Civil Veterinary Dept. Bombay admin report 1893-99 - 1893-1899
Year: 1893
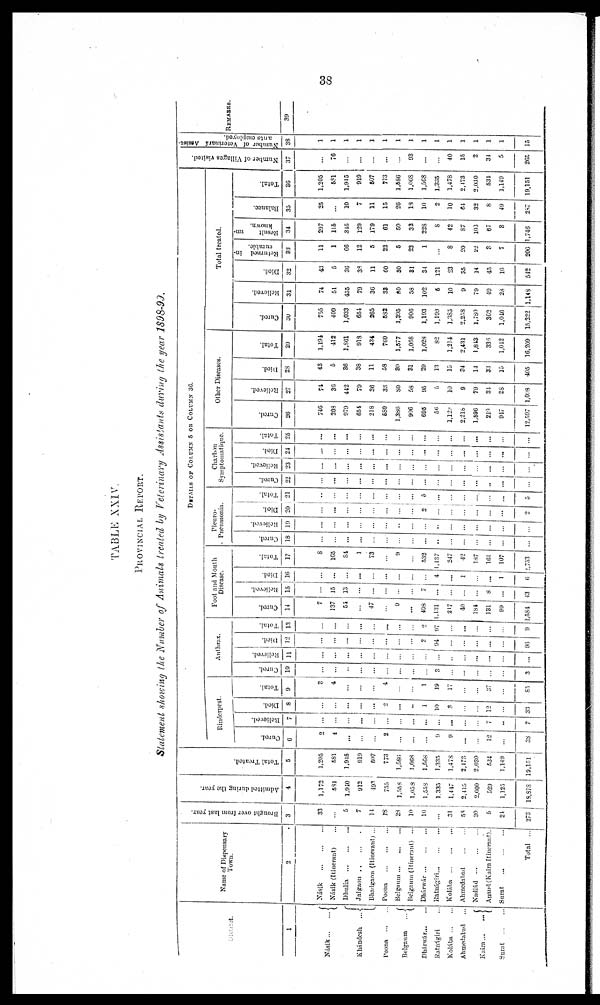
38
TABLE XXIV.
PROVINCIAL REPORT.
Statement showing the Number of Animals treated by Veterinary Assistants during the year 1898-99.
District.
1
Nasik ... ...
Khándesh ...
Poona ...
Belgaum ...
Dhárwár ...
Ratnágiri ...
Kolába ...
Ahmedabad ...
Kaira ... ...
Surat
...
Name of Dispensary
2
Násik
...
...
...
Násik (Itinerant) ...
Dhulia
...
...
...
Jalgaon . . ... .
Bhadgaon (Itinerant) ...
Poona
...
...
...
Belgaum
...
...
...
Belgaum (Itinerant) ...
Dhárwár
...
...
...
Ratnágiri
...
...
...
Kolába
...
...
...
Ahmedabad
...
...
Nadiád
...
...
...
Anand (Kaira Itinerant).
Surat
...
...
...
Total ...
Brought over from last year.
3
33
...
5
7
14
18
28
10
10
...
31
53
30
5
21
273
Admitted during the year.
4
1,172
581
1.920
912
493
755
1,558
1,053
1,558
1.333
1,447
2,415
2,000
529
1,125
18,878
Total Treated.
5
1,205
581
1,915
919
507
773
1,586
1,068
1,568
1,335
1,478
2,473
2,030
534
1,149
19,151
DETAILS OF COLUMN 5 OR COLUMN 36.
Rinderpest.
Cured.
0
2
4
...
...
...
2
...
...
...
9
9
...
...
12
...
38
Relieved.
7
...
...
...
...
...
...
...
...
...
...
...
...
...
7
..
7
Died.
8
...
...
...
...
...
2
...
...
1
10
8
...
...
12
...
33
Total.
9
...
4
...
...
...
4
...
...
1
19
17
...
...
37
...
85
Anthrax.
Cured.
10
...
...
...
...
...
...
...
...
...
3
...
...
...
...
...
3
Relieved.
11
...
...
...
...
...
...
...
...
...
...
...
...
...
...
...
...
Died.
12
...
...
...
...
...
...
...
...
2
94
...
...
...
...
...
90
Total.
13
...
...
...
...
...
...
...
...
2
97
...
...
...
...
...
9
Foot and Mouth
Disease.
Cured.
14
7
137
54
...
47
...
9
...
498
1,131
217
40
184
131
99
3,584
Relieved.
15
...
15
13
...
...
...
...
...
7
...
...
...
...
8
...
43
Died.
16
...
...
...
...
...
...
...
...
...
4
...
1
...
...
1
6
Total.
17
...
105
84
...
...
...
9
...
532
1,137
217
42
...
161
107
2,7
Pleuro-
-neumonia.
Cured.
18
...
...
...
...
...
...
...
...
...
..
...
...
...
...
...
...
Relieved.
19
...
...
...
... ...
...
...
...
...
...
...
...
...
...
...
...
...
Died.
20
...
...
...
...
...
...
...
2
...
...
...
...
...
...
2
Total.
21
...
...
...
...
...
...
...
...
5
...
...
...
...
...
...
5
Charbon
Symptomatique.
Cured.
22
...
...
...
...
...
...
...
...
...
...
...
...
...
..
...
...
Relieved.
23
...
...
...
...
...
...
...
...
...
...
...
...
...
...
...
...
Died.
24
...
...
...
...
...
...
...
...
...
...
... ...
...
...
...
...
...
Total.
25
...
...
...
...
...
...
...
...
...
...
...
...
...
...
...
...
Other Diseases.
Cured.
20
740
203
979
654
218
680
1,386
906
695
56
1,129
2,218
1,590
219
917
12,597
Relieved.
27
74
30
442
79
36
33
80
58
95
5
10
9
79
34
28
1,098
Died.
23
43
5
36
38
11
58
30
81
29
13
15
84
14
33
15
405
Total.
29
1,194
412
1,861
918
434
709
1,577
1,068
1,028
82
1,214
2,431
1,813
336
1,012
16,209
Total treated.
Cured.
30
755
409
1,033
654
265
...
1,395
906
1,193
1,199
1,385
2,258
1,780
362
1,040
15,222
Relieved.
31
74
51
455
79
36
33
80
58
102
5
10
9
79
49
28
1,148
Died.
32
43
5
36
3S
11
60
30
81
34
121
23
35
14
45
10
512
Returned in-
curable.
33
11
1
66
12
5
22
5
23
1
8
20
22
3
7
206
Result
un-
known.
34
297
115
315
129
179
61
50
33
228
8
42
87
103
67
3
,746
Balance.
35
25
...
10
7
11
15
26
18
10
2
10
64
32
8
49
2S7
Total.
36
1,205
5S1
1,915
919
607
773
1,586
1,068
1,568
1,335
1,478
2,173
2,030
534
1,149
19,151
Number of Villages visited.
37
...
76
...
...
...
...
...
93
...
...
40
15
2
34
5
265
Number of Veterinary Assist-
ants employed.
38
1
1
1
1
1
1
1
1
1
1
1
1
1
1
1
15
REMARKS.
39